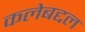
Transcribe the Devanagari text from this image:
कलेबद्दल